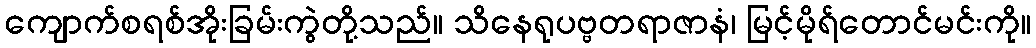
ကျောက်စရစ်အိုးခြမ်းကွဲတို့သည်။ သိနေရုပဗ္ဗတရာဇာနံ၊ မြင့်မိုရ်တောင်မင်းကို။